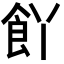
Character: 𮨸